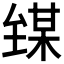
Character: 𪤘